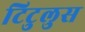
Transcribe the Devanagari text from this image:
टिटुलुस